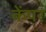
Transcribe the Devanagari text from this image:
केंपर